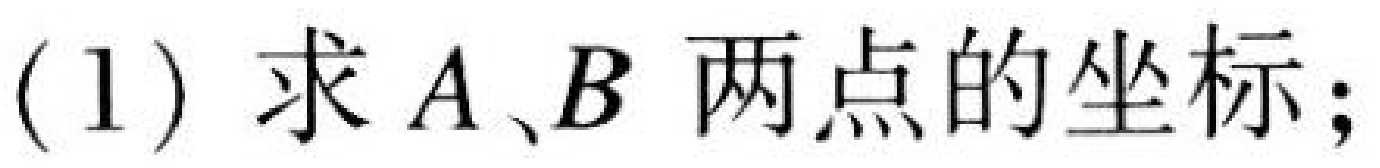
(1) 求 \(A、B\) 两点的坐标；